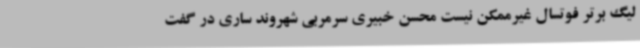
لیگ برتر فوتسال غیرممکن نیست محسن خبیری سرمربی شهروند ساری در گفت